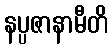
နပ္ပဇာနာမီတိ